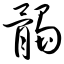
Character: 髑